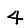
Digit: 4